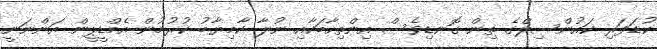
ކުޑަފަރި ކައުންސިލްގެ ތިން ގޮނޑިވެސް އިންތިހާބަކާއި ނުލާ ކާމިޔާބު ކުރުމުން އެމްޑީޕީން އަންނަނީ